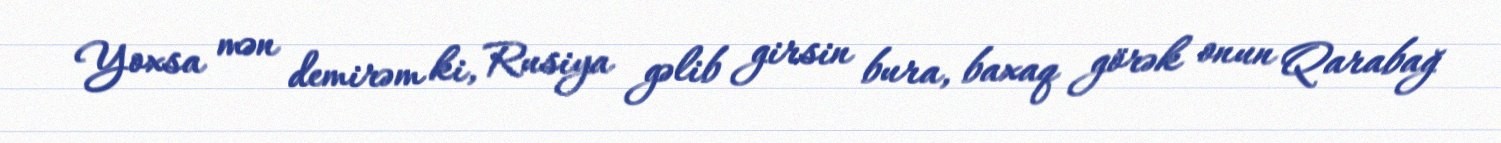
Yoxsa mən demirəm ki, Rusiya gəlib girsin bura, baxaq görək onun Qarabağ